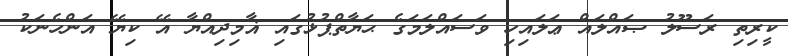
ކީރިތި ރަސޫލު ޞައްލައް ޢަލައިހި ވަސައްލަމަގެ ޙަޔާތްޕުޅުގައި ޣާމިދިއްޔާ އޭ ކިޔޭ އަންހެނަކު